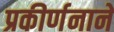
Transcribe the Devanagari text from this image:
प्रकीर्णनाने